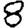
Digit: 8